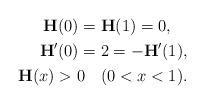
LaTeX: \begin{align*}\begin{aligned}\mathbf{H}(0)&=\mathbf{H}(1)=0,\\\mathbf{H}'(0)&=2=-\mathbf{H}'(1),\end{aligned}\\\mathbf{H}(x)>0\quad(0<x<1).\end{align*}